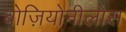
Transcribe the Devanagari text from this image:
बोज़ियोनीलोस